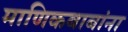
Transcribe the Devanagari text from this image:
माणिकबाबांना